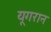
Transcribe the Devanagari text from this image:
यूगरान